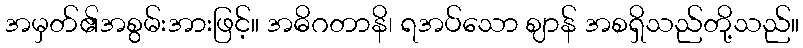
အမှတ်၏အစွမ်းအားဖြင့်။ အဓိဂတာနိ၊ ရအပ်သော ဈာန် အစရှိသည်တို့သည်။